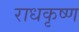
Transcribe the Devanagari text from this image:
राधकृष्ण